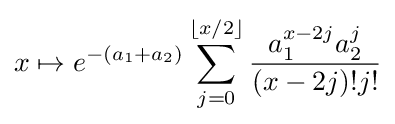
x\mapsto e^{-(a_{1}+a_{2})}\sum _{j=0}^{\lfloor x/2\rfloor }{\frac {a_{1}^{x-2j}a_{2}^{j}}{(x-2j)!j!}}